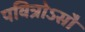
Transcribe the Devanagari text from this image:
पवित्रोऽसौ